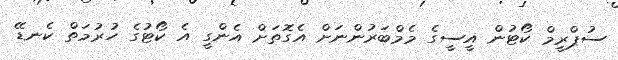
ސުޕްރީމް ކޯޓުން އީސީގެ މެމްބަރުންނަށް އެގޮތަށް އެންގީ އެ ކޯޓުގެ ހުރުމަތް ކެނޑޭ